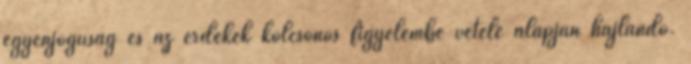
egyenjogúság és az érdekek kölcsönös figyelembe vétele alapján hajlandó.